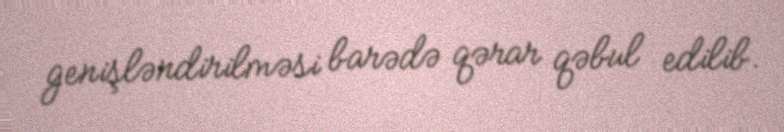
genişləndirilməsi barədə qərar qəbul edilib.